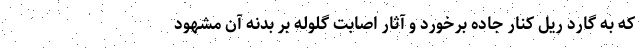
که به گارد ریل کنار جاده برخورد و آثار اصابت گلوله بر بدنه آن مشهود